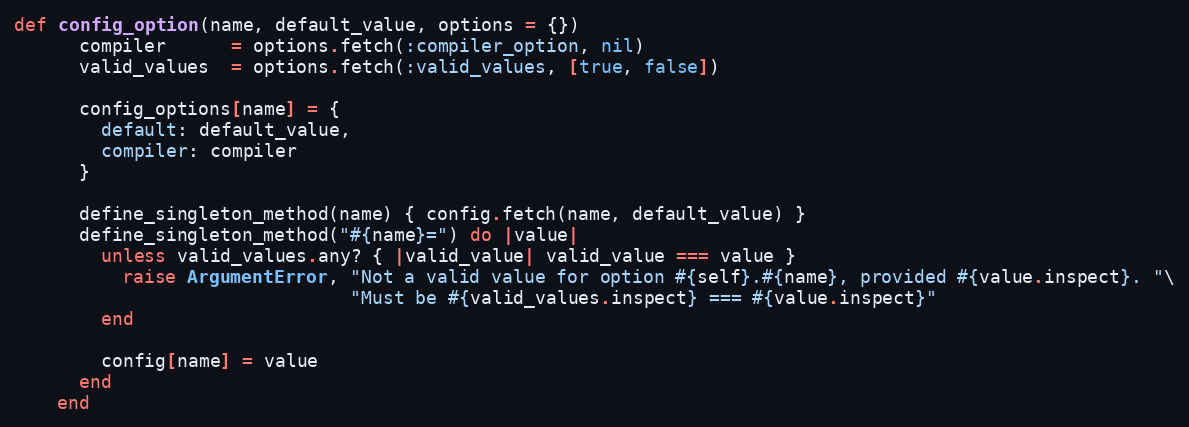
Language: Ruby
def config_option(name, default_value, options = {})
      compiler      = options.fetch(:compiler_option, nil)
      valid_values  = options.fetch(:valid_values, [true, false])

      config_options[name] = {
        default: default_value,
        compiler: compiler
      }

      define_singleton_method(name) { config.fetch(name, default_value) }
      define_singleton_method("#{name}=") do |value|
        unless valid_values.any? { |valid_value| valid_value === value }
          raise ArgumentError, "Not a valid value for option #{self}.#{name}, provided #{value.inspect}. "\
                               "Must be #{valid_values.inspect} === #{value.inspect}"
        end

        config[name] = value
      end
    end